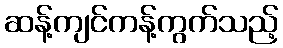
ဆန့်ကျင်ကန့်ကွက်သည့်